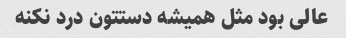
عالی بود مثل همیشه دستتون درد نکنه